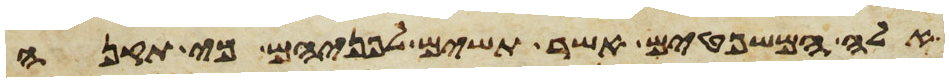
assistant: אלה המשפטים אשר תשים לפניהם כי תקנה